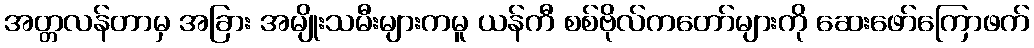
အတ္တလန်တာမှ အခြား အမျိုးသမီးများကမူ ယန်ကီ စစ်ဗိုလ်ကတော်များကို ဆေးဖော်ကြောဖက်